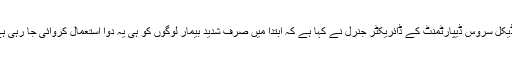
میڈیکل سروس ڈیپارٹمنٹ کے ڈائریکٹر جنرل نے کہا ہے کہ ابتدا میں صرف شدید بیمار لوگوں کو ہی یہ دوا استعمال کروائی جا رہی ہے۔